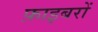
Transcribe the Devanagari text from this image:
फ़ाइबरों